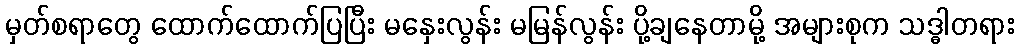
မှတ်စရာတွေ ထောက်ထောက်ပြပြီး မနှေးလွန်း မမြန်လွန်း ပို့ချနေတာမို့ အများစုက သဒ္ဓါတရား